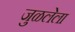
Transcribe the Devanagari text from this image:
जुळलेला